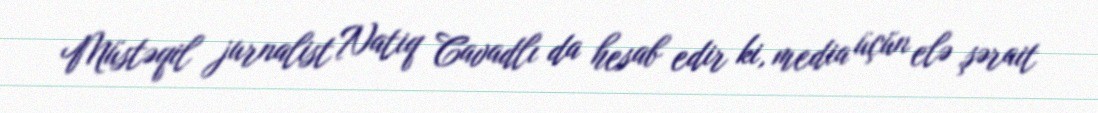
Müstəqil jurnalist Natiq Cavadlı da hesab edir ki, media üçün elə şərait